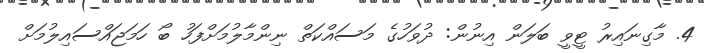
4. މާގިނައިރު ޓީވީ ބަލަން އިނުން: ދުވަހުގެ މަަސައްކަތް ނިންމާލުމަށްފަހު ބޯ ހަމަޖައްސައިލުމަށް